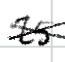
Text: 25
Cross-out: cross
Writing tool: digital_black